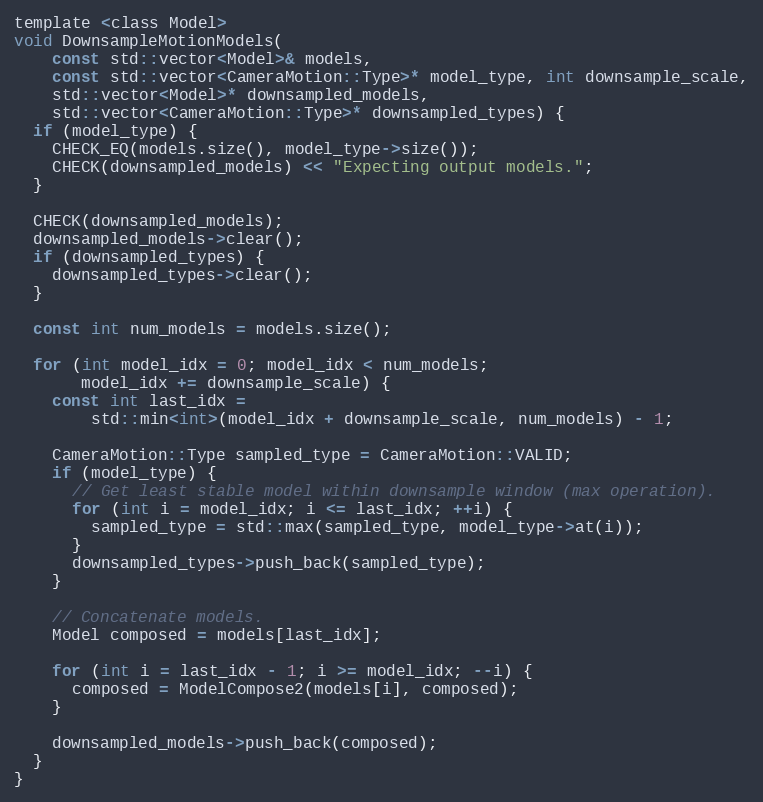
Language: C
template <class Model>
void DownsampleMotionModels(
    const std::vector<Model>& models,
    const std::vector<CameraMotion::Type>* model_type, int downsample_scale,
    std::vector<Model>* downsampled_models,
    std::vector<CameraMotion::Type>* downsampled_types) {
  if (model_type) {
    CHECK_EQ(models.size(), model_type->size());
    CHECK(downsampled_models) << "Expecting output models.";
  }

  CHECK(downsampled_models);
  downsampled_models->clear();
  if (downsampled_types) {
    downsampled_types->clear();
  }

  const int num_models = models.size();

  for (int model_idx = 0; model_idx < num_models;
       model_idx += downsample_scale) {
    const int last_idx =
        std::min<int>(model_idx + downsample_scale, num_models) - 1;

    CameraMotion::Type sampled_type = CameraMotion::VALID;
    if (model_type) {
      // Get least stable model within downsample window (max operation).
      for (int i = model_idx; i <= last_idx; ++i) {
        sampled_type = std::max(sampled_type, model_type->at(i));
      }
      downsampled_types->push_back(sampled_type);
    }

    // Concatenate models.
    Model composed = models[last_idx];

    for (int i = last_idx - 1; i >= model_idx; --i) {
      composed = ModelCompose2(models[i], composed);
    }

    downsampled_models->push_back(composed);
  }
}